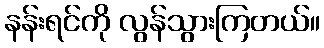
နန်းရင်ကို လွန်သွားကြတယ်။